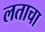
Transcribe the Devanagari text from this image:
लताचा